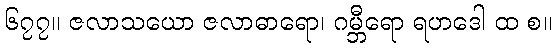
၆၇၇။ ဇလာသယော ဇလာဓာရော၊ ဂမ္ဘီရော ရဟဒေါ ထ စ။